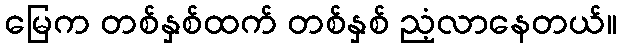
မြေက တစ်နှစ်ထက် တစ်နှစ် ညံ့လာနေတယ်။